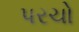
પરચો